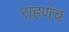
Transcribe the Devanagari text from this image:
राहणंच